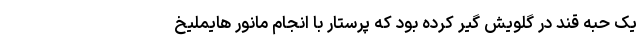
یک حبه قند در گلویش گیر کرده بود که پرستار با انجام مانور هایملیخ